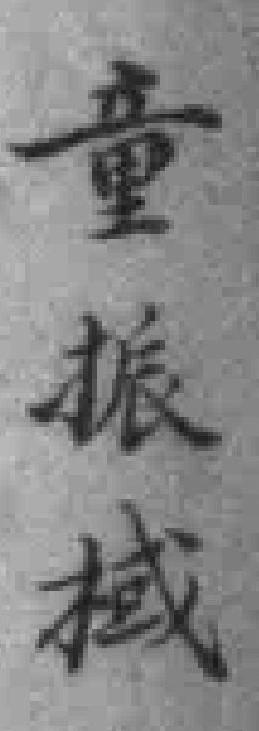
童振棫